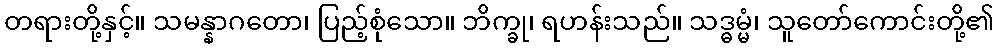
တရားတို့နှင့်။ သမန္နာဂတော၊ ပြည့်စုံသော။ ဘိက္ခု၊ ရဟန်းသည်။ သဒ္ဓမ္မံ၊ သူတော်ကောင်းတို့၏